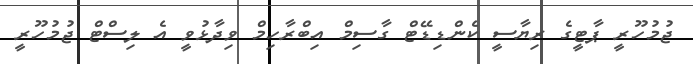
ޖުމުހޫރީ ޕާޓީގެ ރިޔާސީ ކެންޑިޑޭޓް ގާސިމް އިބްރާހިމް ވިދާޅުވީ އެ ލިސްޓް ޖުމުހޫރީ